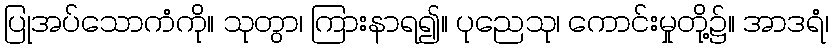
ပြုအပ်သောကံကို။ သုတွာ၊ ကြားနာရ၍။ ပုညေသု၊ ကောင်းမှုတို့၌။ အာဒရံ၊